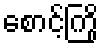
စောင့်ကြို